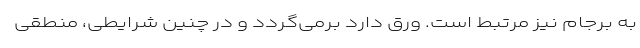
به برجام نیز مرتبط است. ورق دارد برمی‌گردد و در چنین شرایطی، منطقی